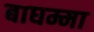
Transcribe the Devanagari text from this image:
बाघम्मा